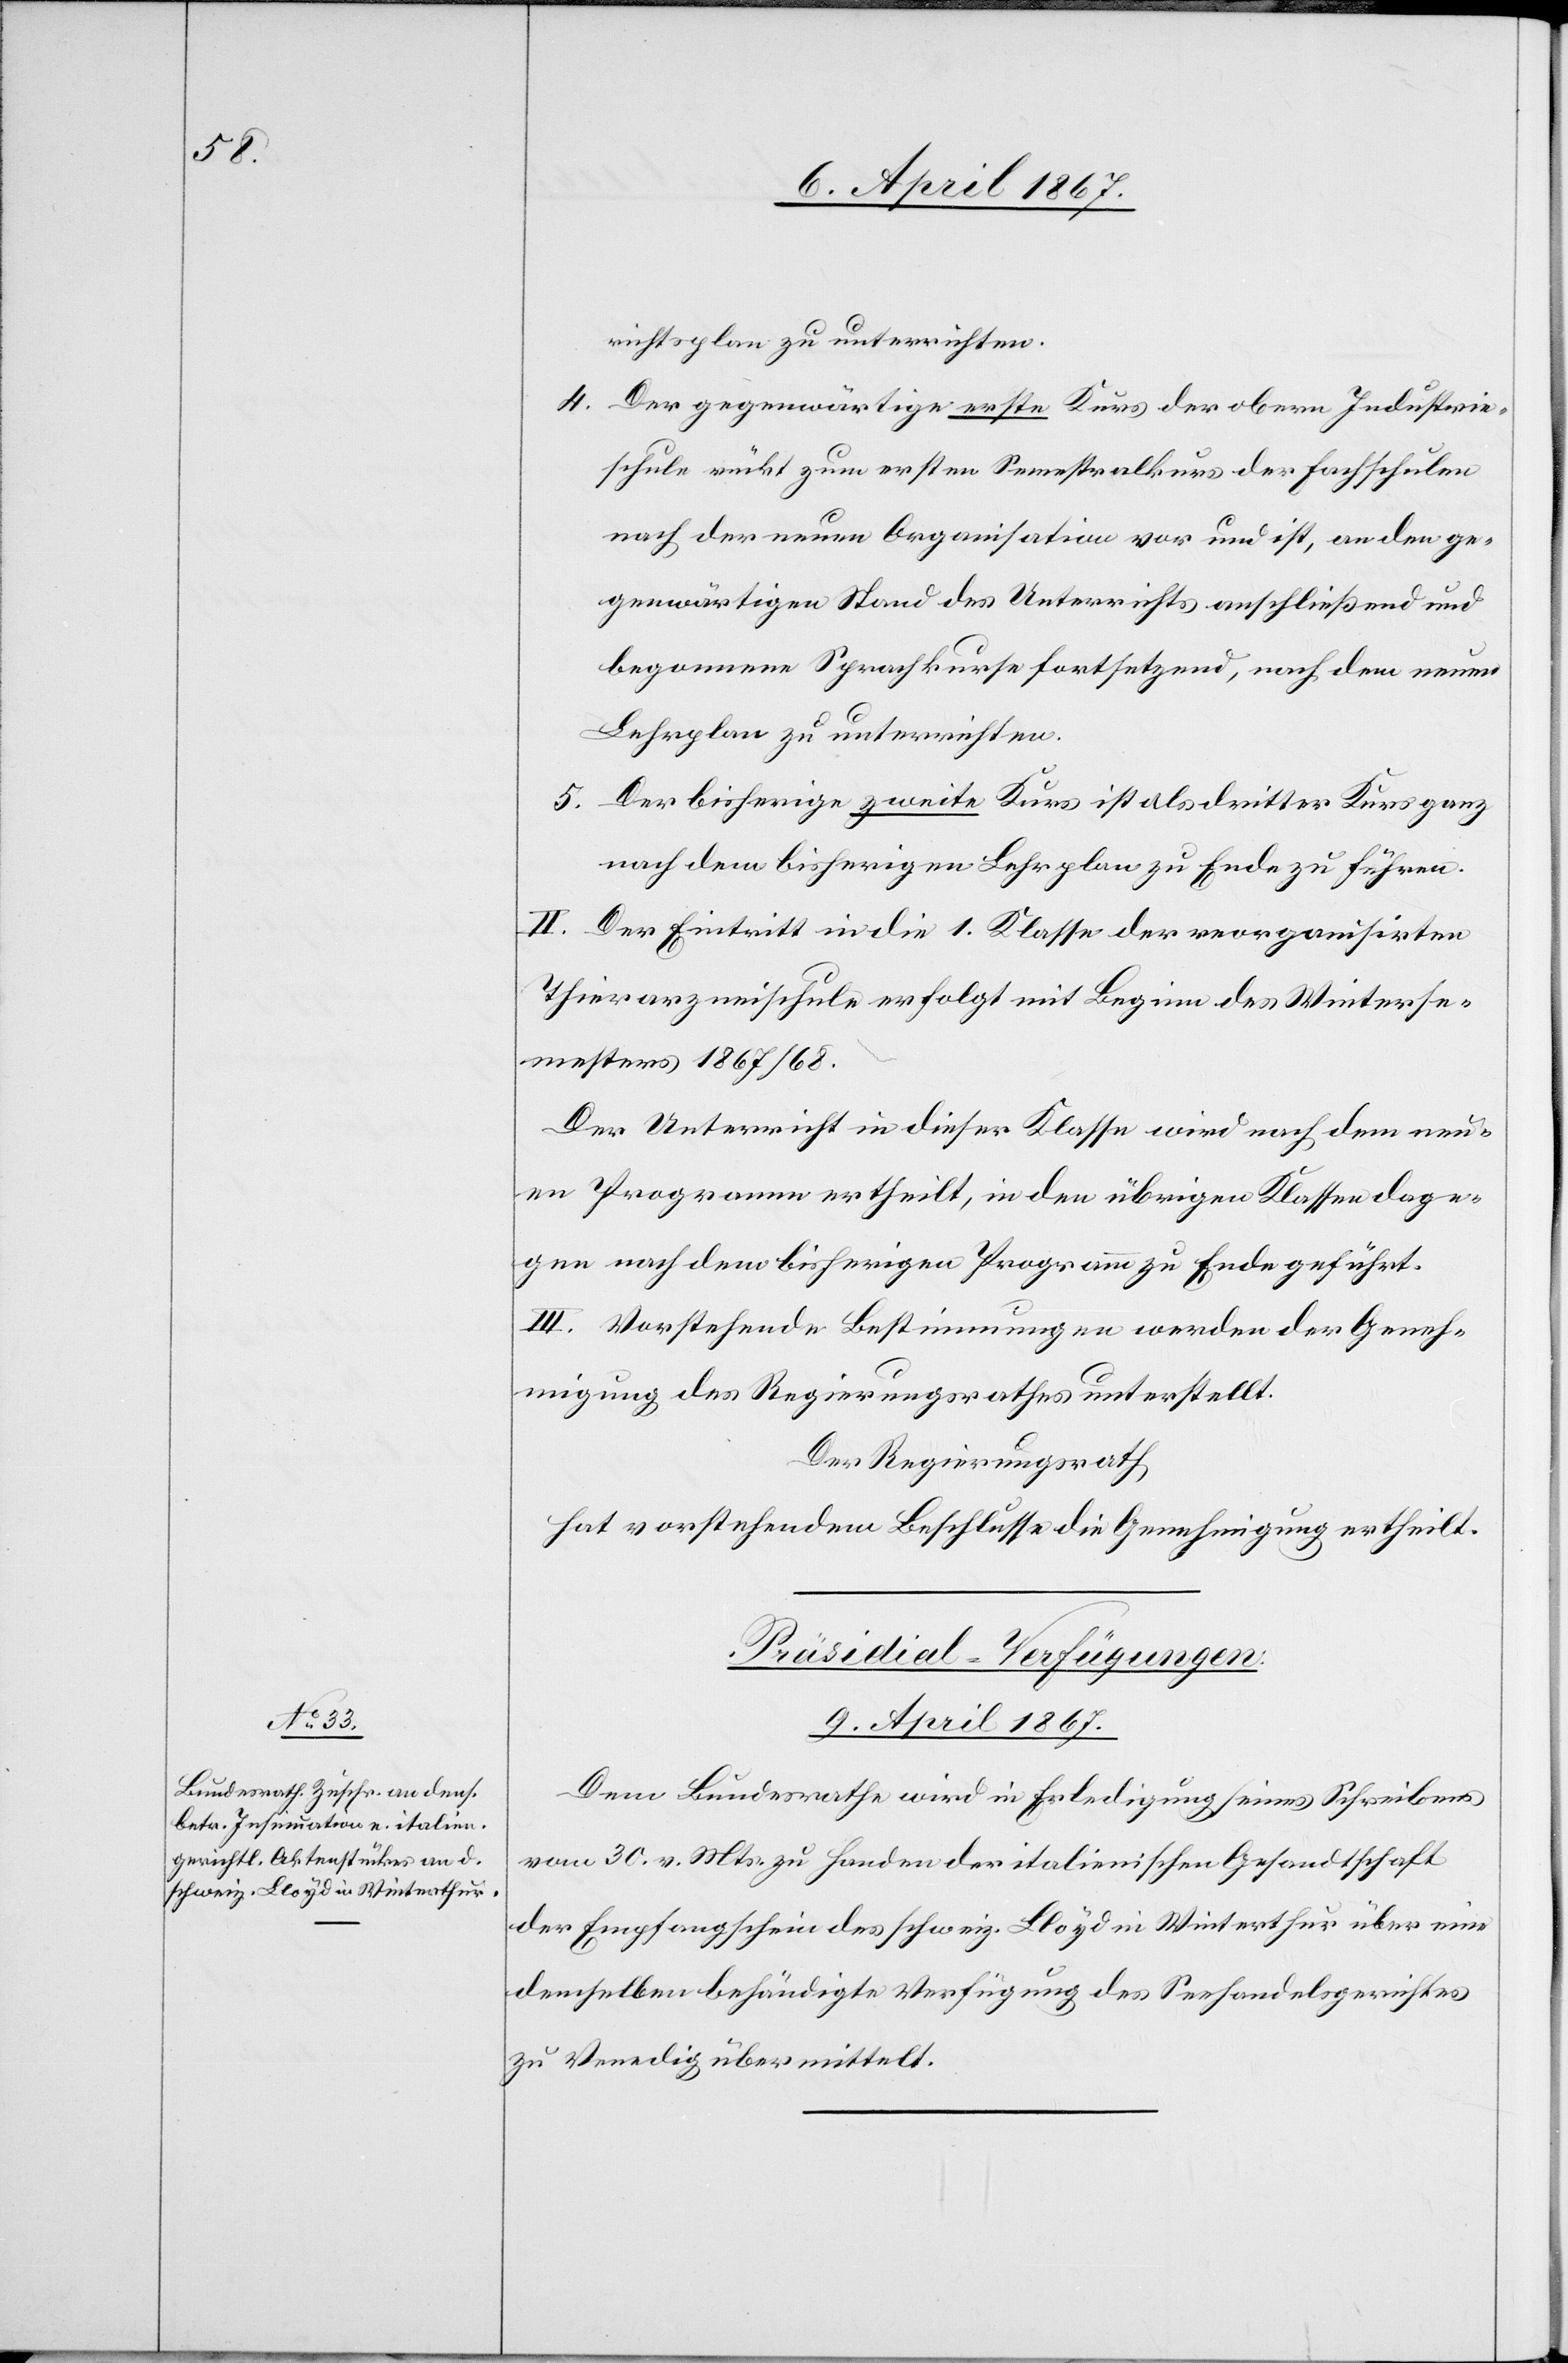
richtsplan zu unterrichten.
4.	Der gegenwärtige erste Kurs der obern Industrie¬
schule rückt zum ersten Semestralkurs der Fachschulen
nach der neuen Organisation vor und ist, an den ge¬
genwärtigen Stand des Unterrichts anschließend und
begonnene Sprachkurse fortsetzend, nach dem neuen
Lehrplan zu unterrichten.
5.	Der bisherige zweite Kurs ist als dritter Kurs ganz
nach dem bisherigen Lehrplan zu Ende zu führen.
II. Der Eintritt in die 1. Klasse der reorganisirten
Thierarzneischule erfolgt mit Beginn des Winterse¬
mesters 1867/68.
Der Unterricht in dieser Klasse wird nach dem neu¬
en Programm ertheilt, in den übrigen Klassen dage¬
gen nach dem bisherigen Programm zu Ende geführt.
III. Vorstehende Bestimmungen werden der Geneh¬
migung des Regierungsrathes unterstellt.
Der Regierungsrath
hat vorstehendem Beschlusse die Genehmigung ertheilt.
Präsidial-Verfügungen.
9. April 1867.
Dem Bundesrathe wird in Erledigung eines Schreibens
vom 30. v. Mts. zu Handen der italienischen Gesandtschaft
der Empfangschein des schweiz. Lloyd in Winterthur über eine
demselben behändigte Verfügung des Seehandelsgerichtes
zu Venedig übermittelt.